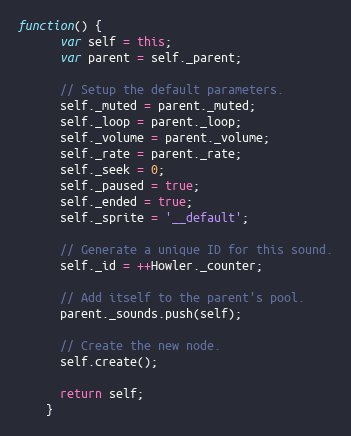
Language: JavaScript
function() {
      var self = this;
      var parent = self._parent;

      // Setup the default parameters.
      self._muted = parent._muted;
      self._loop = parent._loop;
      self._volume = parent._volume;
      self._rate = parent._rate;
      self._seek = 0;
      self._paused = true;
      self._ended = true;
      self._sprite = '__default';

      // Generate a unique ID for this sound.
      self._id = ++Howler._counter;

      // Add itself to the parent's pool.
      parent._sounds.push(self);

      // Create the new node.
      self.create();

      return self;
    }